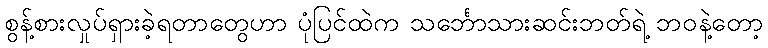
စွန့်စားလှုပ်ရှားခဲ့ရတာတွေဟာ ပုံပြင်ထဲက သင်္ဘောသားဆင်းဘတ်ရဲ့ ဘဝနဲ့တော့